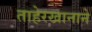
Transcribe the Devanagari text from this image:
ताहेरखानाने